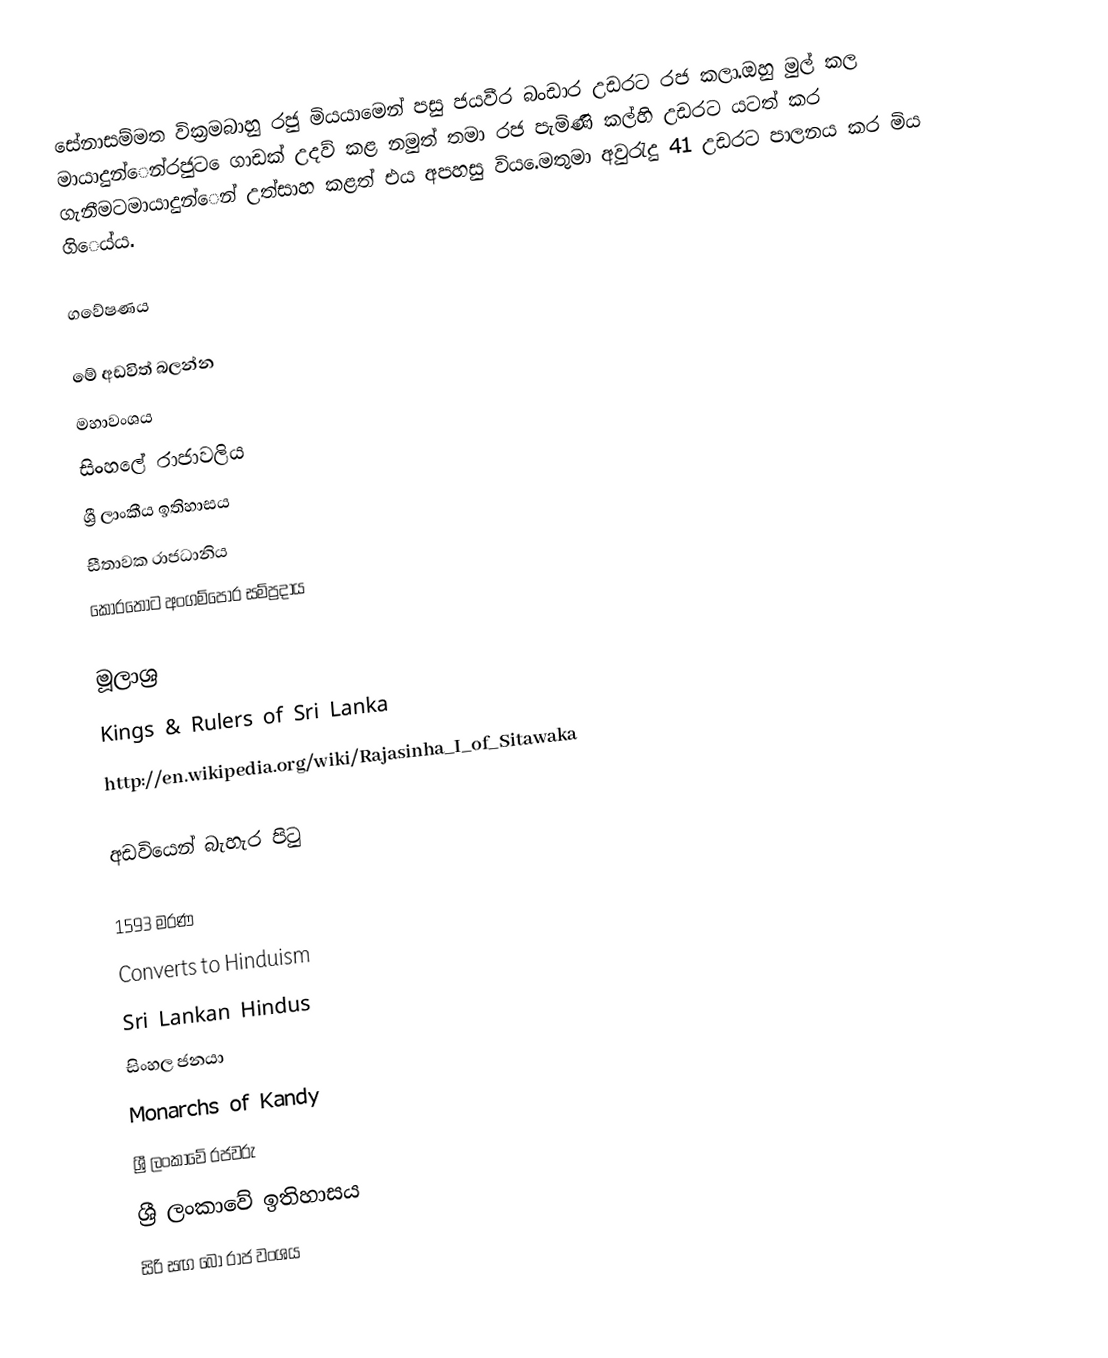
සේනාසම්මත වික්‍රමබාහු  රජු මියයාමෙන් පසු ජයවීර බංඩාර උඩරට රජ කලා.ඔහු මුල් කල මායාදුන්ෙන්රජුට ෙගාඩක් උදව් කළ නමුත් තමා රජ පැමිණි කල්හි උඩරට යටත් කර ගැනීමටමායාදුන්ෙන් උත්සාහ කළත් එය අපහසු විය.ෙමතුමා අවුරැදු 41 උඩරට පාලනය කර මිය ගිෙය්ය.

ගවේෂණය

මේ අඩවිත් බලන්න
 මහාවංශය
 සිංහලේ රාජාවලිය
 ශ්‍රී ලාංකීය ඉතිහාසය
 සීතාවක රාජධානිය
කොරතොට අංගම්පොර සම්ප්‍රදාය

මූලාශ්‍ර
 Kings & Rulers of Sri Lanka
http://en.wikipedia.org/wiki/Rajasinha_I_of_Sitawaka

අඩවියෙන් බැහැර පිටු

1593 මරණ
Converts to Hinduism
Sri Lankan Hindus
සිංහල ජනයා
Monarchs of Kandy
ශ්‍රී ලංකාවේ රජවරු
ශ්‍රී ලංකාවේ ඉතිහාසය
සිරි සඟ බෝ රාජ වංශය